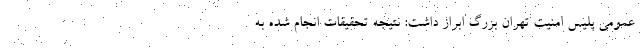
عمومی پلیس امنیت تهران بزرگ ابراز داشت: نتیجه تحقیقات انجام شده به